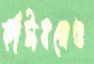
কাঁটাবনেও